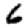
Digit: 6